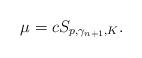
LaTeX: \begin{align*}\mu=c S_{p,\gamma_{n+1},K}.\end{align*}